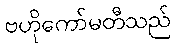
ဗဟိုကော်မတီသည်